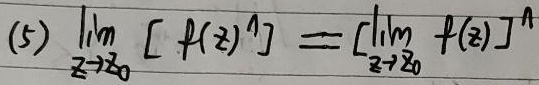
\[
\lim_{z \to z_0} [f(z)]^n = [\lim_{z \to z_0} f(z)]^n
\]